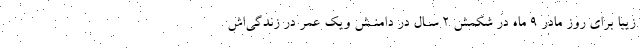
زیبا برای روز مادر ٩ ماه در شکمش ٢ سـال در دامنـش ویک عمر در زندگی‌اش